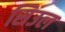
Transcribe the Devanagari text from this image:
सिउल